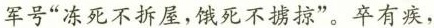
军号”冻死不拆屋，饿死不掳掠”。卒有疾，